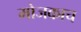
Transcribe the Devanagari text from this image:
मोजकाच